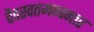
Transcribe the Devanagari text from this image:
वैवस्वतमन्वन्तर